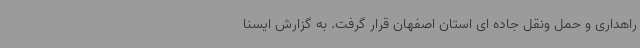
راهداری و حمل ونقل جاده ای استان اصفهان قرار گرفت. به گزارش ایسنا